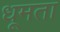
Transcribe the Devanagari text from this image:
धूमता